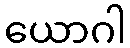
ယောဂါ